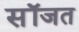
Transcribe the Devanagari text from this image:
सॉजत